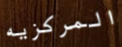
المركزيه